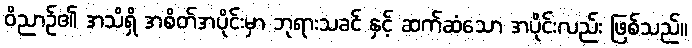
ဝိညာဉ်၏ အသိရှိ အစိတ်အပိုင်းမှာ ဘုရားသခင် နှင့် ဆက်ဆံသော အပိုင်းလည်း ဖြစ်သည်။